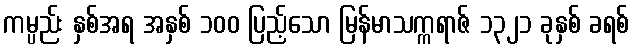
ကမ္ပည်း နှစ်အရ အနှစ် ၁၀၀ ပြည့်သော မြန်မာသက္ကရာဇ် ၁၃၂၁ ခုနှစ် ခရစ်